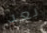
بعد